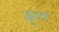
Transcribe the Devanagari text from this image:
दृव्य